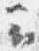
云